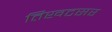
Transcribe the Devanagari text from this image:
तिखटसर